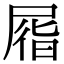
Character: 㞛